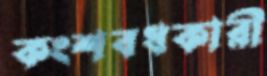
কংশবধকারী